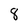
Character: 8